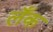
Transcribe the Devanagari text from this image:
लँक